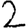
Digit: 2